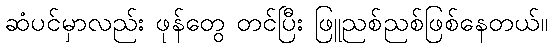
ဆံပင်မှာလည်း ဖုန်တွေ တင်ပြီး ဖြူညစ်ညစ်ဖြစ်နေတယ်။